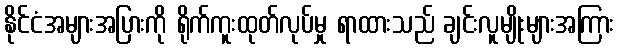
နိုင်ငံအများအပြားကို ရိုက်ကူးထုတ်လုပ်မှု ရာထားသည် ချင်းလူမျိုးများအကြား